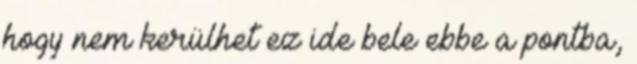
hogy nem kerülhet ez ide bele ebbe a pontba,